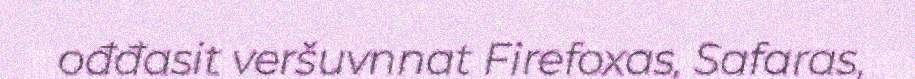
ođđasit veršuvnnat Firefoxas, Safaras,